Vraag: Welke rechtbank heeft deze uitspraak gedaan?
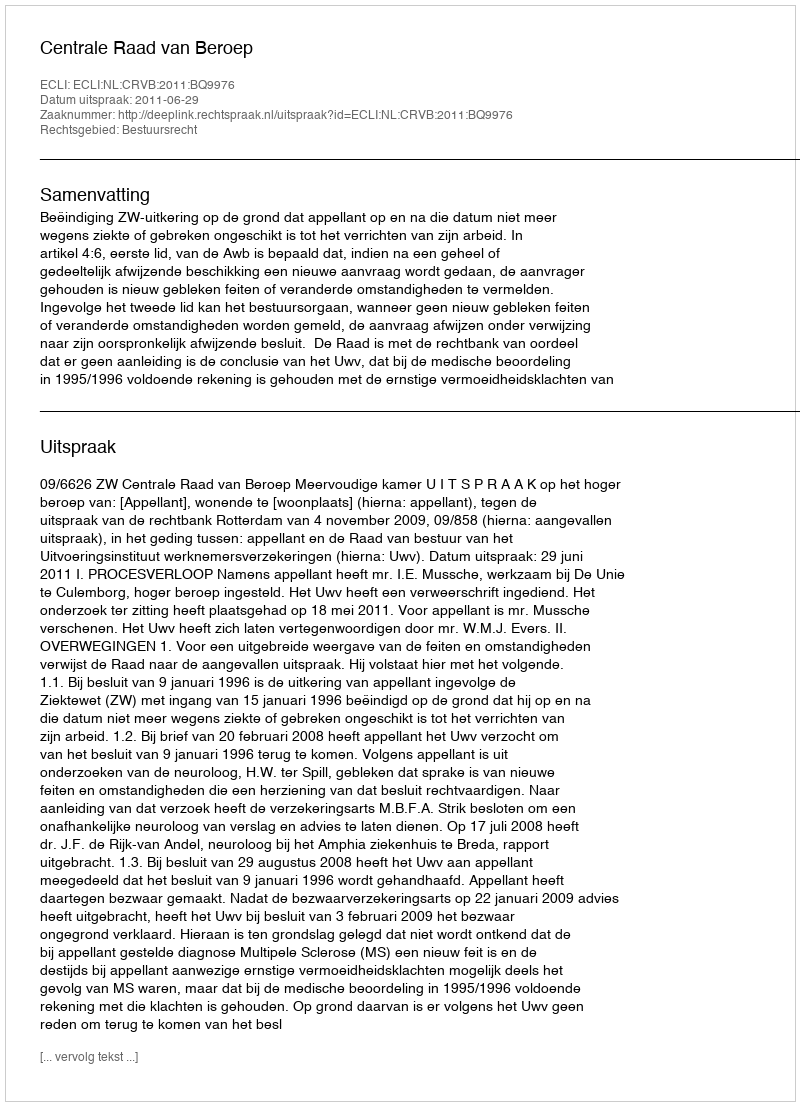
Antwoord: Centrale Raad van Beroep